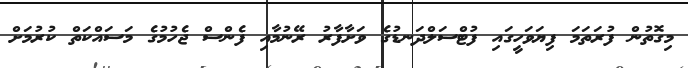
މިގޮތުން ފުރަތަމަ ފިޔަވަހީގައި ފުޓްސަލްދަނޑުގެ ވަށާފާރު ރޭނުމާއި ފެންސް ޖެހުމުގެ މަސައްކަތް ކުރުމަށް